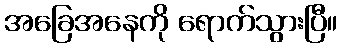
အခြေအနေကို ရောက်သွားပြီ။